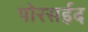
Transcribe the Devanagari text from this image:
पोरसईद